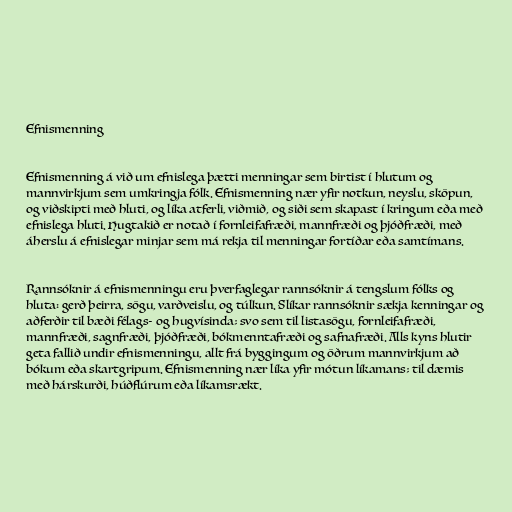
Efnismenning

Efnismenning á við um efnislega þætti menningar sem birtist í hlutum og
mannvirkjum sem umkringja fólk. Efnismenning nær yfir notkun, neyslu, sköpun,
og viðskipti með hluti, og líka atferli, viðmið, og siði sem skapast í kringum eða með
efnislega hluti. Hugtakið er notað í fornleifafræði, mannfræði og þjóðfræði, með
áherslu á efnislegar minjar sem má rekja til menningar fortíðar eða samtímans.

Rannsóknir á efnismenningu eru þverfaglegar rannsóknir á tengslum fólks og
hluta: gerð þeirra, sögu, varðveislu, og túlkun. Slíkar rannsóknir sækja kenningar og
aðferðir til bæði félags- og hugvísinda; svo sem til listasögu, fornleifafræði,
mannfræði, sagnfræði, þjóðfræði, bókmenntafræði og safnafræði. Alls kyns hlutir
geta fallið undir efnismenningu, allt frá byggingum og öðrum mannvirkjum að
bókum eða skartgripum. Efnismenning nær líka yfir mótun líkamans; til dæmis
með hárskurði, húðflúrum eða líkamsrækt.